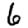
Digit: 6